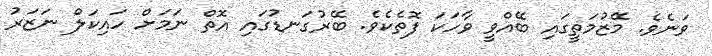
ވަނެވެ. މޭޒުމަތީގައި ބޭއްވީ ވާހަކަ ފޮތެކެވެ. ބޭރުގަނޑުގައި އޮތް ނަމަށް ހައިކަލް ނަޒަރު